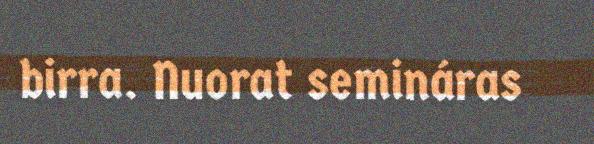
birra. Nuorat semináras